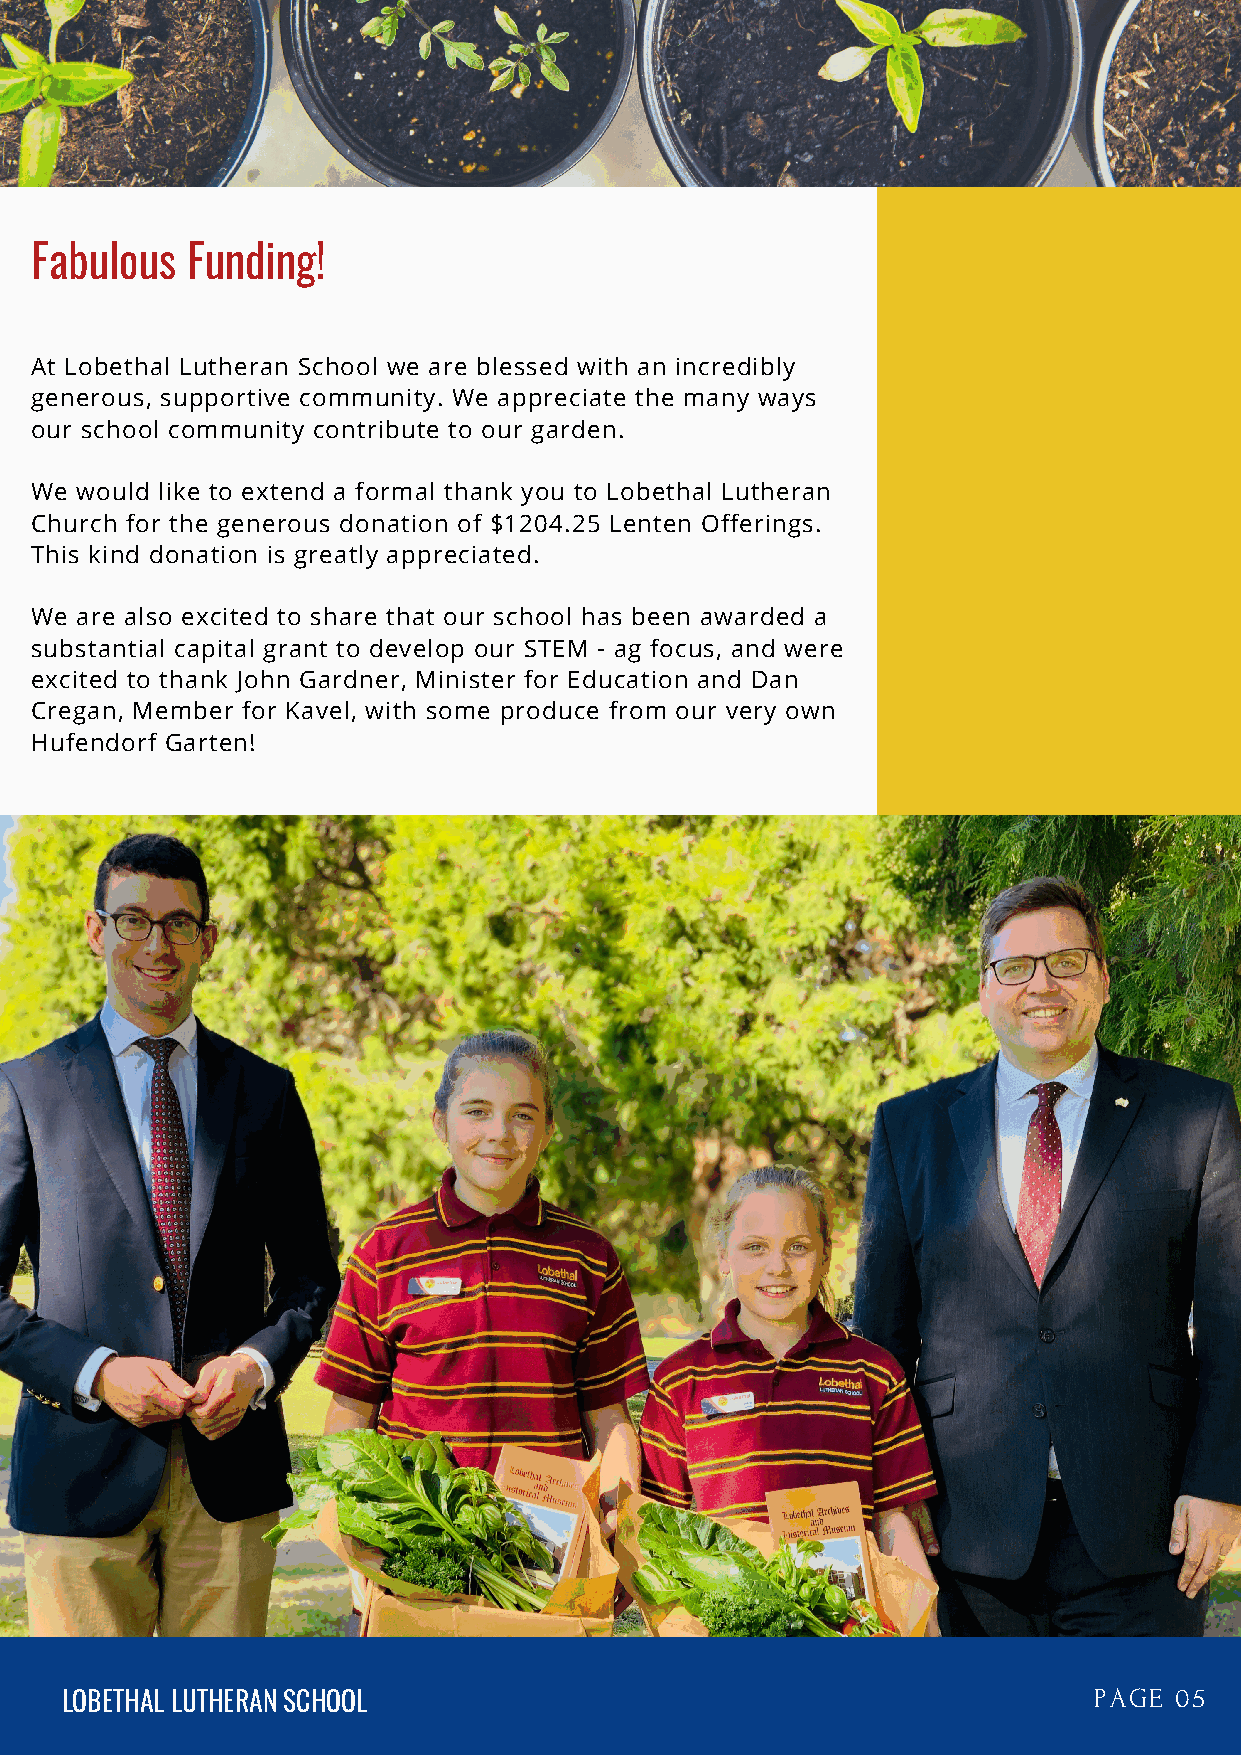
Fabulous  Funding!
 At Lobethal Lutheran School we are blessed with an incredibly
 generous, supportive community. We appreciate the many ways
 our school community contribute to our garden.
 We would like to extend a formal thank you to Lobethal Lutheran
 Church for the generous donation of $1204.25 Lenten Offerings.
 This kind donation is greatly appreciated.
 We are also excited to share that our school has been awarded a
 substantial capital grant to develop our STEM - ag focus, and were
 excited to thank John Gardner, Minister for Education and Dan
 Cregan, Member for Kavel, with some produce from our very own
 Hufendorf Garten!
 LOBETHAL LUTHERAN SCHOOL                                            PAGE  05